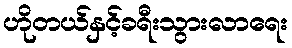
ဟိုတယ်နှင့်ခရီးသွားလာရေး